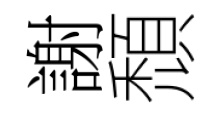
謝頹